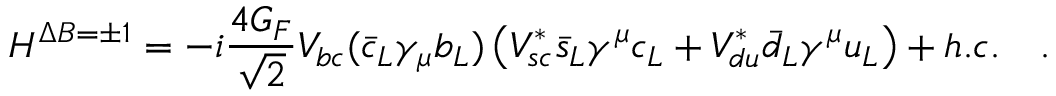
H ^ { \Delta B = \pm 1 } = - i \frac { 4 G _ { F } } { \sqrt { 2 } } V _ { b c } ( { \bar { c } _ { L } } \gamma _ { \mu } b _ { L } ) \left( V _ { s c } ^ { * } { \bar { s } _ { L } } \gamma ^ { \mu } c _ { L } + V _ { d u } ^ { * } { \bar { d } _ { L } } \gamma ^ { \mu } u _ { L } \right) + h . c . ~ ~ ~ .